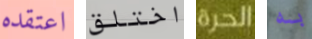
اعتقده اختلق الحرة به